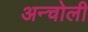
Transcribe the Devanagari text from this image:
अन्चोली